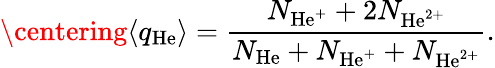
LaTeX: \centering\langle q_{\mathrm{He}}\rangle=\frac{N_{\mathrm{He^{+}}}+2N_{\mathrm{He^{2+}}}}{N_{\mathrm{He}}+N_{\mathrm{He^{+}}}+N_{\mathrm{He^{2+}}}}.